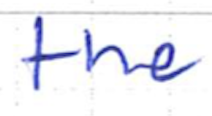
Text: the
Cross-out: clean
Writing tool: ballpoint